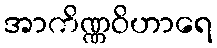
အာကိဏ္ဏဝိဟာရေ